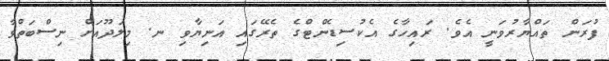
ފުރަން ތައްޔާރުވަނީ އެވެ. ރައިހާގެ އެކުސިޑެންޓްގެ ތެރޭގައި އަނިޔާވި ނ. މިލަދޫއަށް ނިސްބަތްވާ